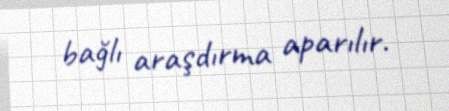
bağlı araşdırma aparılır.